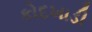
કોદખાડી